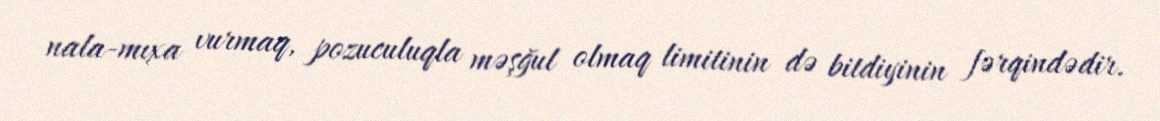
nala-mıxa vurmaq, pozuculuqla məşğul olmaq limitinin də bitdiyinin fərqindədir.